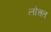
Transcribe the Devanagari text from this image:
लोचत